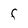
Character: F